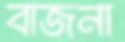
বাজনা